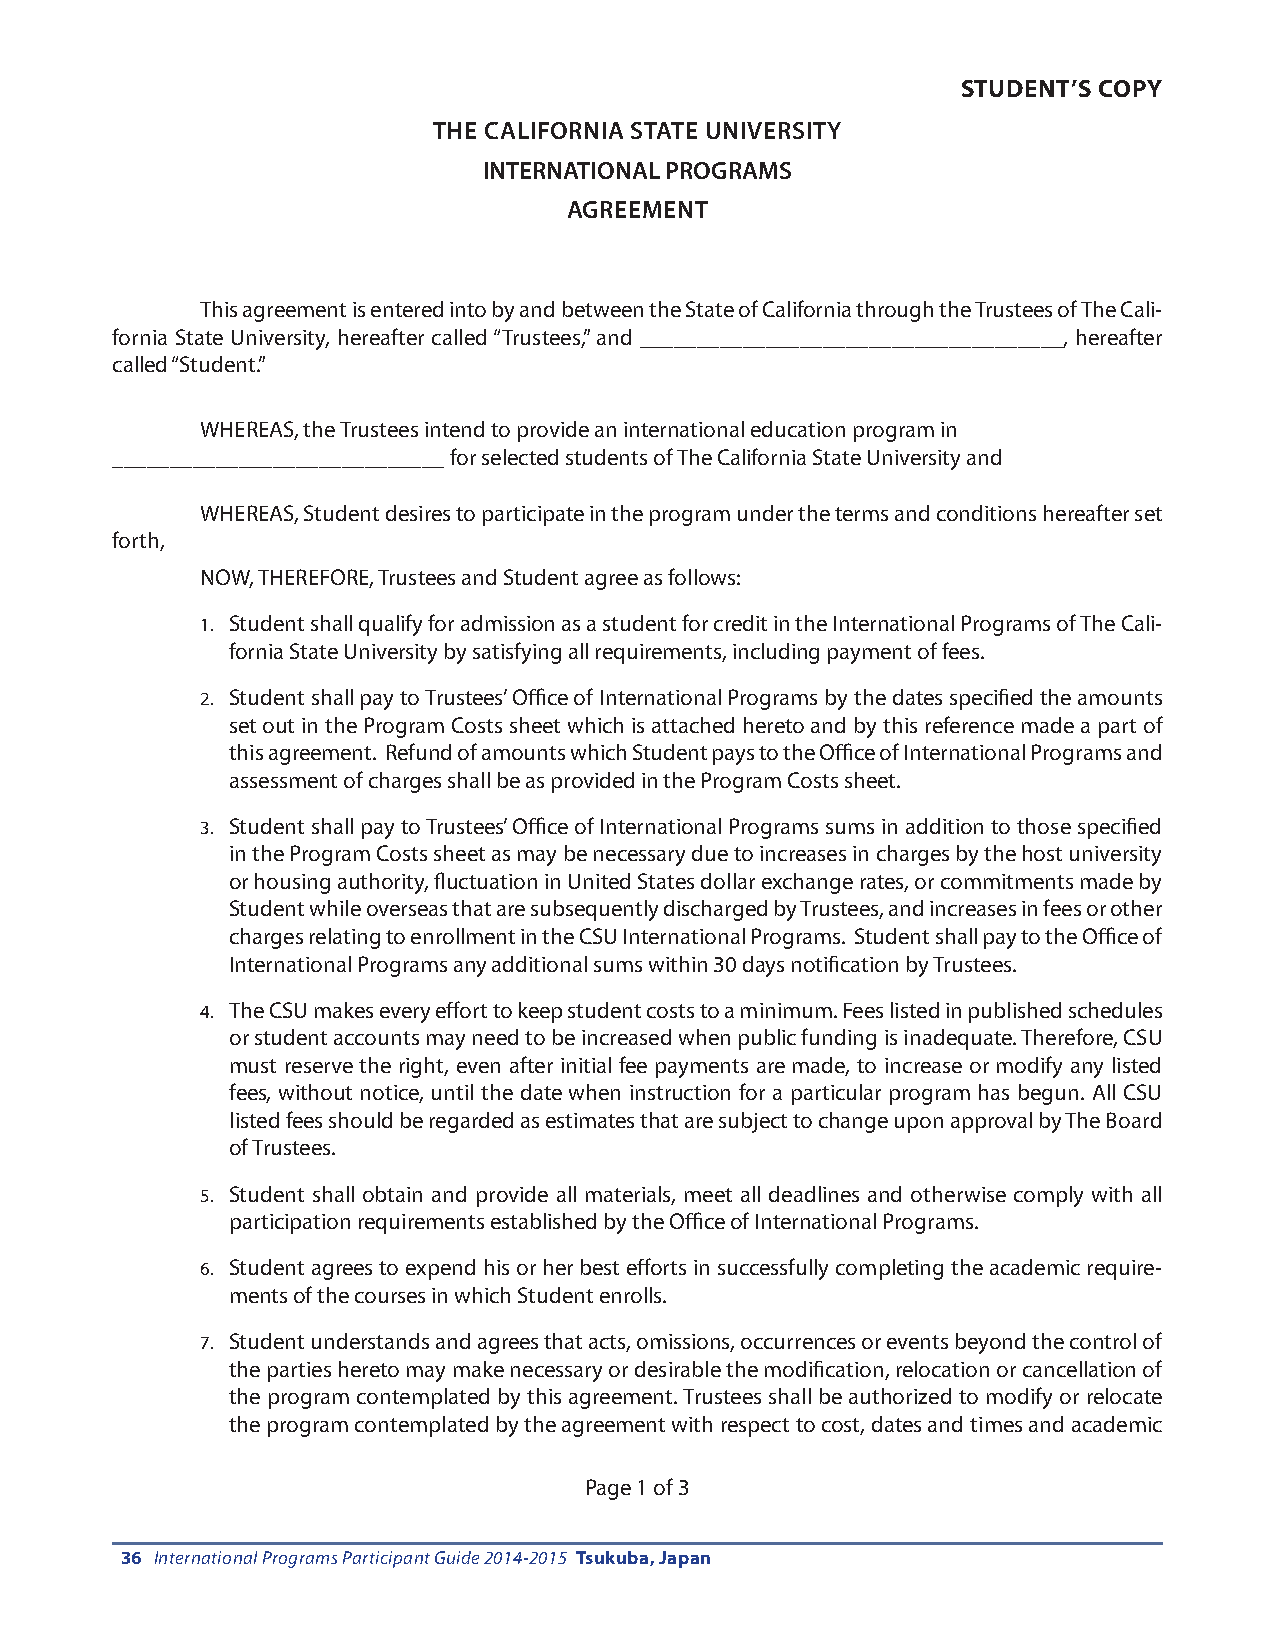
STUDENT’S COPY
 THE CALIFORNIA STATE UNIVERSITY
 INTERNATIONAL PROGRAMS
 AGREEMENT
 This agreement is entered into by and between the State of California through the Trustees of The Cali-
 fornia State University, hereafter called “Trustees,” and _____________________________________, hereafter
 called “Student.”
 WHEREAS, the Trustees intend to provide an international education program in
 _____________________________ for selected students of The California State University and
 WHEREAS, Student desires to participate in the program under the terms and conditions hereafter set
 forth,
 NOW, THEREFORE, Trustees and Student agree as follows:
 1. Student shall qualify for admission as a student for credit in the International Programs of The Cali-
 fornia State University by satisfying all requirements, including payment of fees.
 2. Student shall pay to Trustees’ Office of International Programs by the dates specified the amounts
 set out in the Program Costs sheet which is attached hereto and by this reference made a part of
 this agreement. Refund of amounts which Student pays to the Office of International Programs and
 assessment of charges shall be as provided in the Program Costs sheet.
 3. Student shall pay to Trustees’ Office of International Programs sums in addition to those specified
 in the Program Costs sheet as may be necessary due to increases in charges by the host university
 or housing authority, fluctuation in United States dollar exchange rates, or commitments made by
 Student while overseas that are subsequently discharged by Trustees, and increases in fees or other
 charges relating to enrollment in the CSU International Programs. Student shall pay to the Office of
 International Programs any additional sums within 30 days notification by Trustees.
 4. The CSU makes every effort to keep student costs to a minimum. Fees listed in published schedules
 or student accounts may need to be increased when public funding is inadequate. Therefore, CSU
 must reserve the right, even after initial fee payments are made, to increase or modify any listed
 fees, without notice, until the date when instruction for a particular program has begun. All CSU
 listed fees should be regarded as estimates that are subject to change upon approval by The Board
 of Trustees.
 5. Student shall obtain and provide all materials, meet all deadlines and otherwise comply with all
 participation requirements established by the Office of International Programs.
 6. Student agrees to expend his or her best efforts in successfully completing the academic require-
 ments of the courses in which Student enrolls.
 7. Student understands and agrees that acts, omissions, occurrences or events beyond the control of
 the parties hereto may make necessary or desirable the modification, relocation or cancellation of
 the program contemplated by this agreement. Trustees shall be authorized to modify or relocate
 the program contemplated by the agreement with respect to cost, dates and times and academic
 Page 1 of 3
 36 International Programs Participant Guide 2014-2015 Tsukuba, Japan